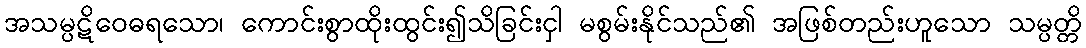
အသမ္ပဋိဝေဓရသော၊ ကောင်းစွာထိုးထွင်း၍သိခြင်းငှါ မစွမ်းနိုင်သည်၏ အဖြစ်တည်းဟူသော သမ္ပတ္တိ